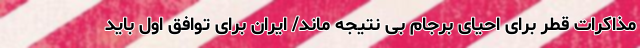
مذاکرات قطر برای احیای برجام بی نتیجه ماند/ ایران برای توافق اول باید